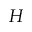
H